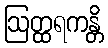
ဩတ္ထရကန္တိ